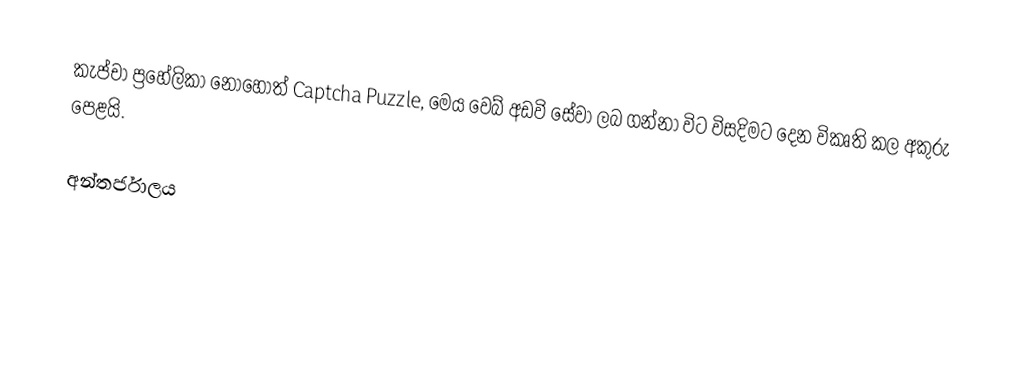
කැප්චා ප්‍රහේලිකා නොහොත් Captcha Puzzle, මෙය වෙබ් අඩවි සේවා ලබ ගන්නා විට විසදිමට දෙන විකෘති කල අකුරු පෙළයි.

අන්තර්ජාලය